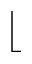
\lfloor